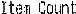
ITEM COUNT